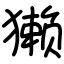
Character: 獭